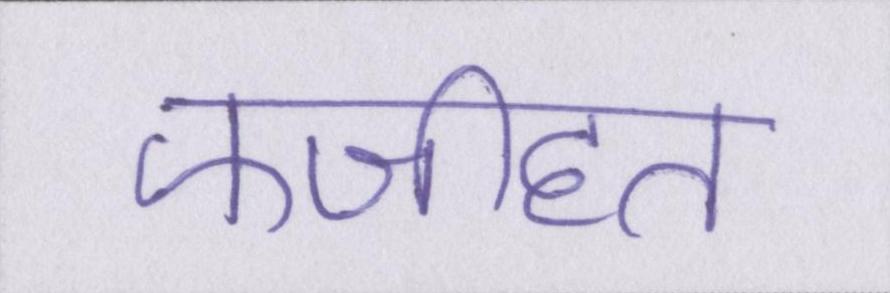
फजीहत